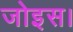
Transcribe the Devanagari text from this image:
जोइस।